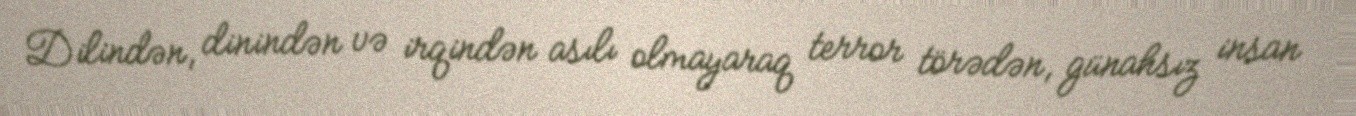
Dilindən‚ dinindən və irqindən asılı olmayaraq terror törədən‚ günahsız insan